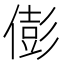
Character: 𠎎